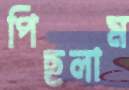
পিছলাম